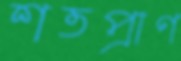
শতপ্রাণ